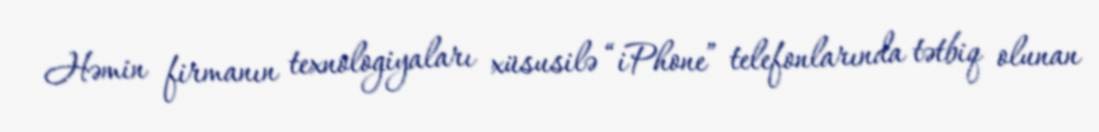
Həmin firmanın texnologiyaları xüsusilə “iPhone” telefonlarında tətbiq olunan